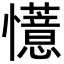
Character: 𫻟